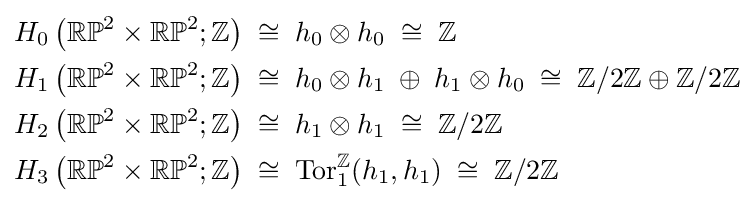
{\begin{aligned}H_{0}\left(\mathbb {RP} ^{2}\times \mathbb {RP} ^{2};\mathbb {Z} \right)\;&\cong \;h_{0}\otimes h_{0}\;\cong \;\mathbb {Z} \\H_{1}\left(\mathbb {RP} ^{2}\times \mathbb {RP} ^{2};\mathbb {Z} \right)\;&\cong \;h_{0}\otimes h_{1}\;\oplus \;h_{1}\otimes h_{0}\;\cong \;\mathbb {Z} /2\mathbb {Z} \oplus \mathbb {Z} /2\mathbb {Z} \\H_{2}\left(\mathbb {RP} ^{2}\times \mathbb {RP} ^{2};\mathbb {Z} \right)\;&\cong \;h_{1}\otimes h_{1}\;\cong \;\mathbb {Z} /2\mathbb {Z} \\H_{3}\left(\mathbb {RP} ^{2}\times \mathbb {RP} ^{2};\mathbb {Z} \right)\;&\cong \;\mathrm {Tor} _{1}^{\mathbb {Z} }(h_{1},h_{1})\;\cong \;\mathbb {Z} /2\mathbb {Z} \\\end{aligned}}